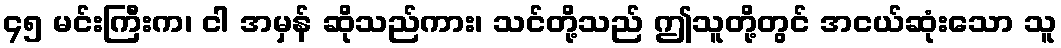
၄၅ မင်းကြီးက၊ ငါ အမှန် ဆိုသည်ကား၊ သင်တို့သည် ဤသူတို့တွင် အငယ်ဆုံးသော သူ